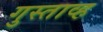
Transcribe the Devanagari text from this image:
गुस्ताव्ह